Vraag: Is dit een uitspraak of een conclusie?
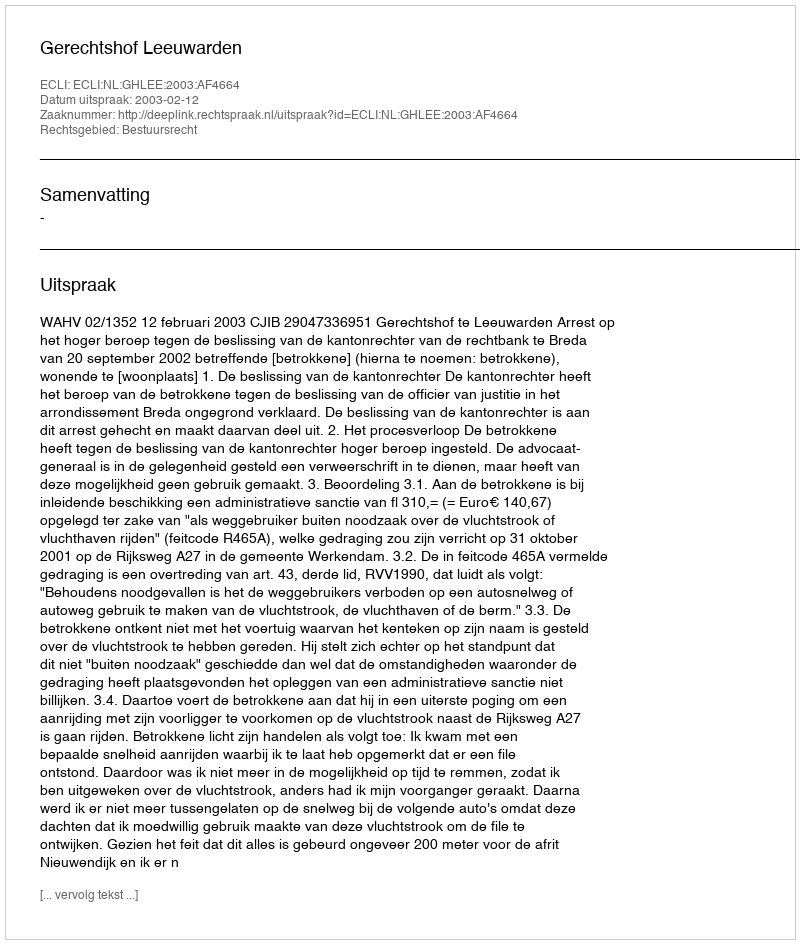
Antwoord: Uitspraak